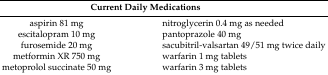
| <COLSPAN=2> Current Daily Medications |
 | --- | --- |
 | aspirin 81 mg | nitroglycerin 0.4 mg as needed |
 | escitalopram 10 mg | pantoprazole 40 mg |
 | furosemide 20 mg | sacubitril-valsartan 49/51 mg twice daily |
 | metformin XR 750 mg | warfarin 1 mg tablets |
 | metoprolol succinate 50 mg | warfarin 3 mg tablets |